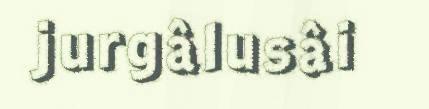
jurgâlusâi